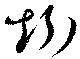
矧